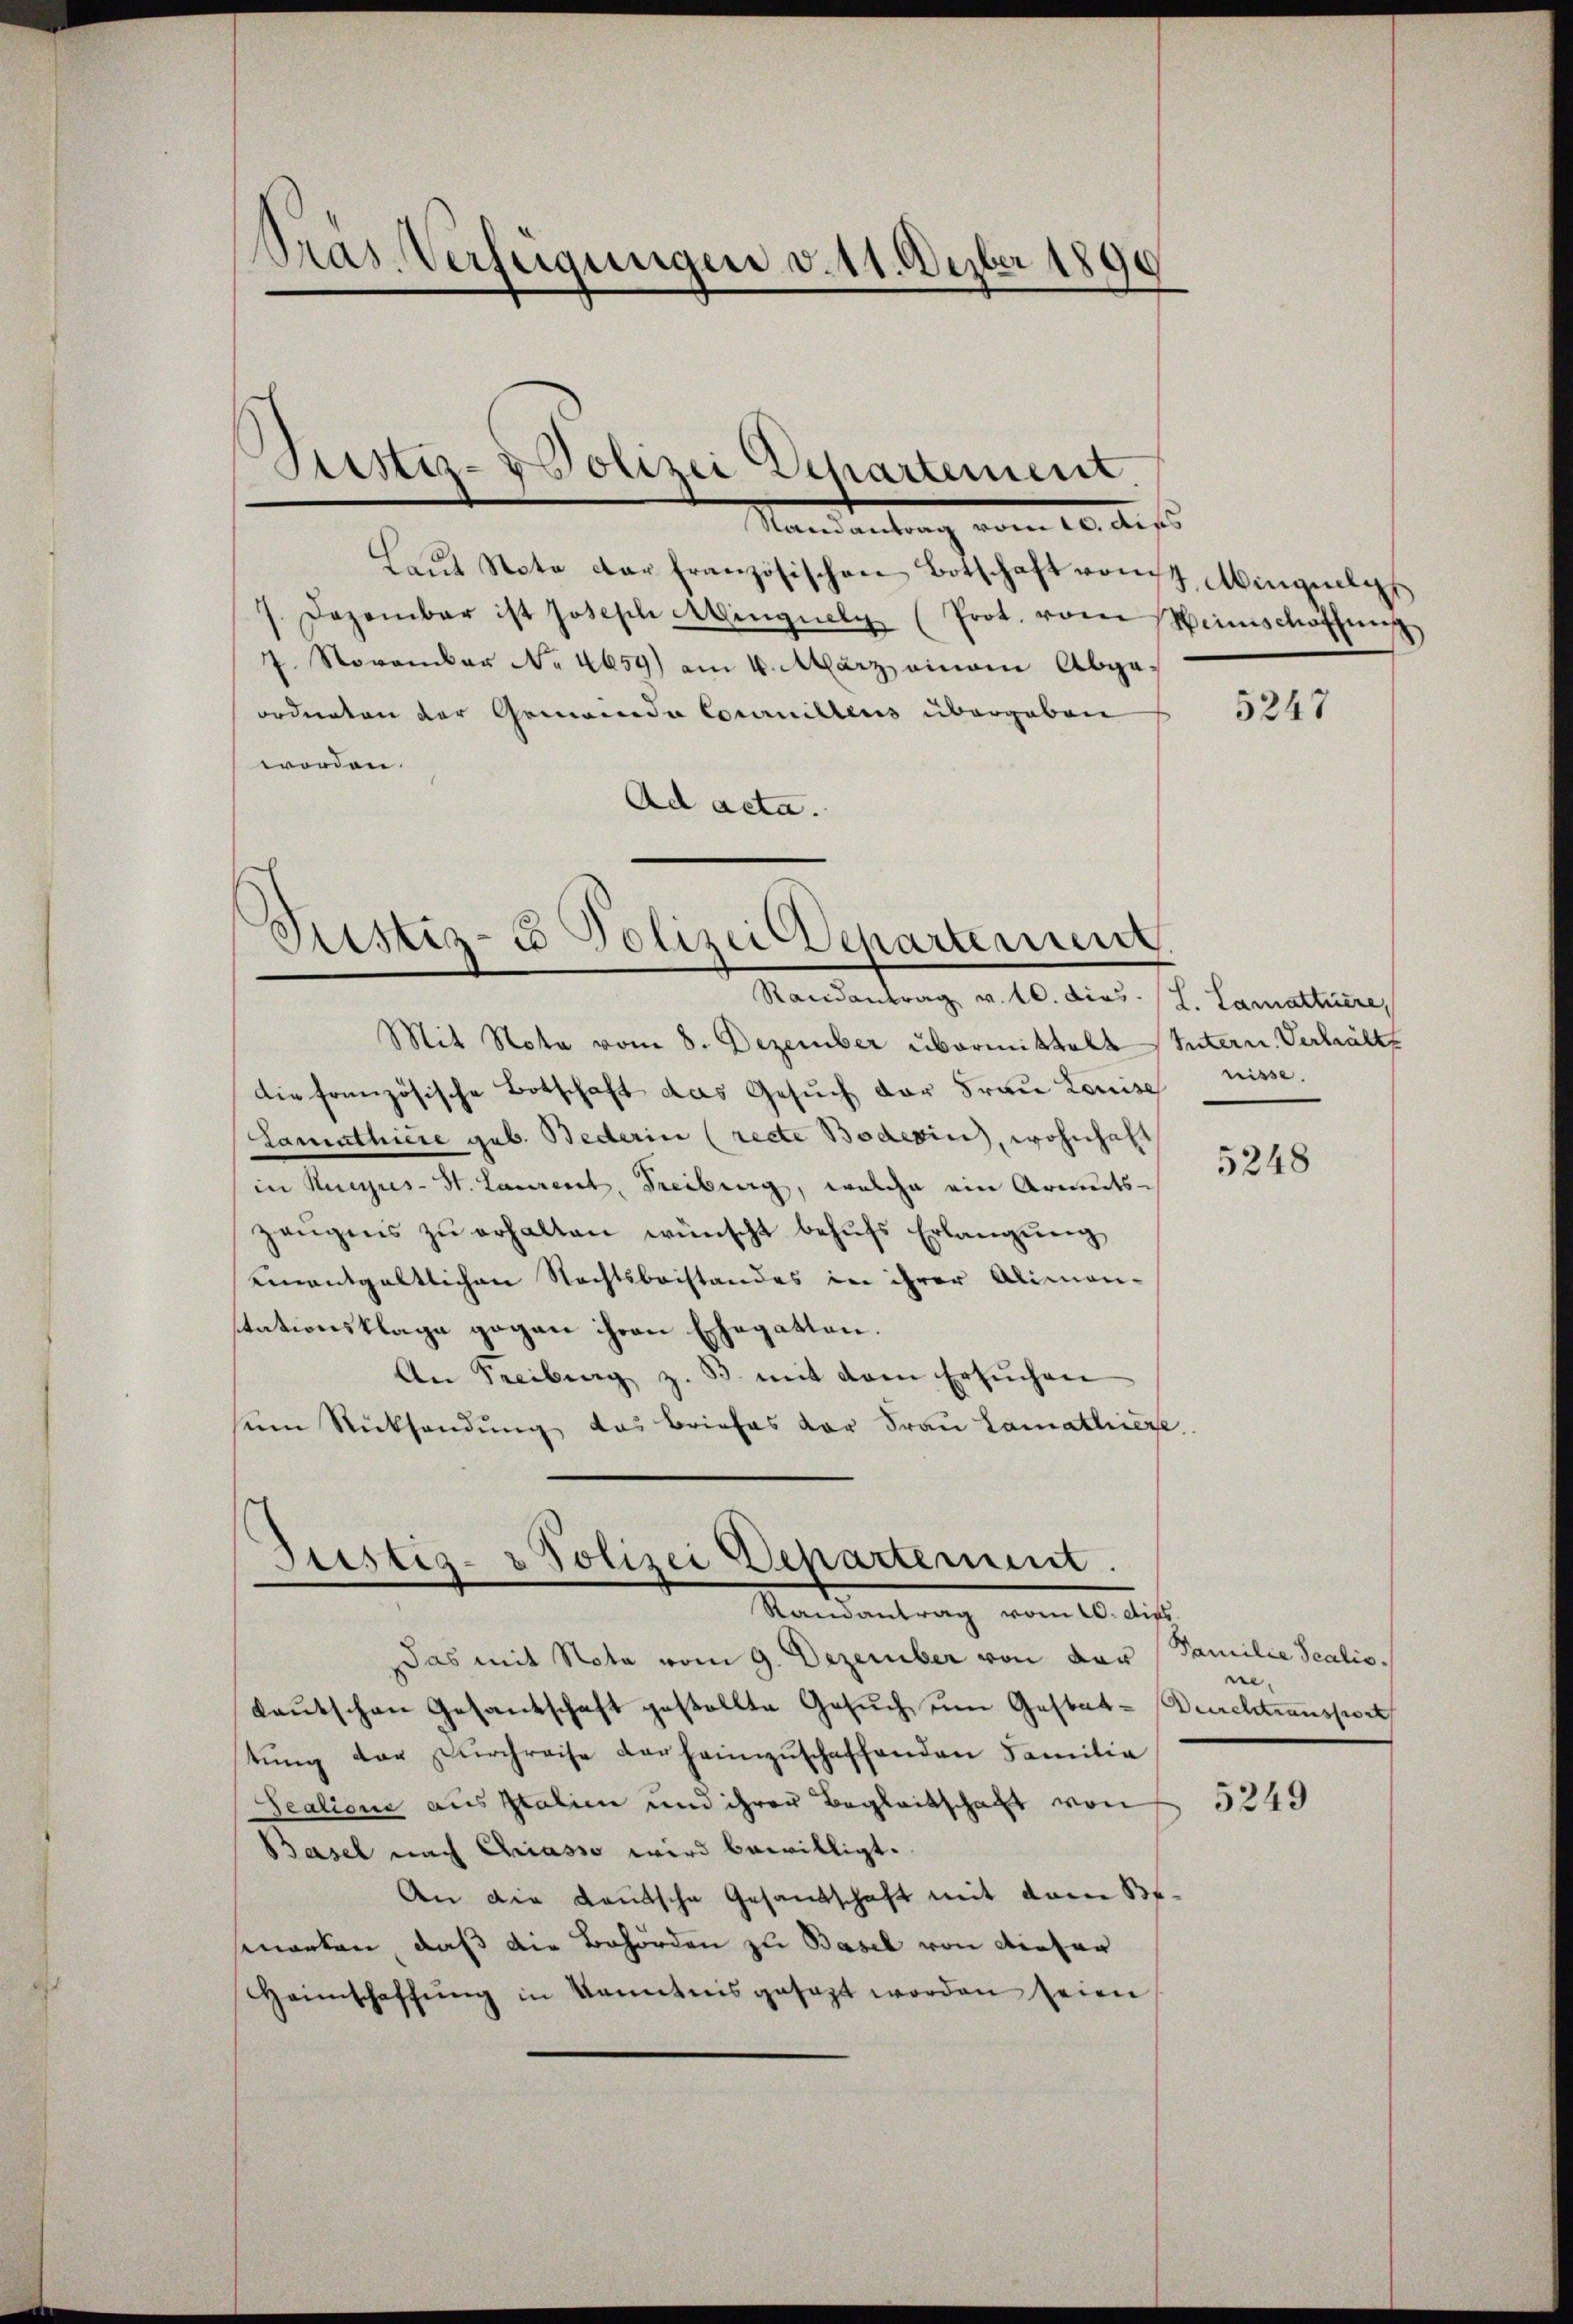
Pras. Verfügungen v. 11. Depber 1890

Justiz- & Polizei Departement

Mandantung vom 10. des
Laŭt Note der französischen Botschaft von Mingeleh
7. Dezember ist Joseph Alingnely (Prot. vom Minischöthmis
7. November No 4659) am 4. März ainam Abgaordneten der Gemeinde Commillens übergaben
worden.
Ad acta.

Randantrag v. 10. dies. (L. Lamattiere
Mit Nota vom 8. Dezember übermittelt
die französische Botschaft das Gesuch der Frau Louise
Lamathiere geb. Bederin (recte Bodevin, wohnhaft
in Kucus-St. Laurent, Freiburg, welche ein Armuts-
zeŭgens zŭ erhalten wünscht behŭfs Erlangung
uinentgeltlichen Rechtsbeistandes in ihrer Alimen-
stationsklage gegen ihren Ehegatten.
An Freiburg z. B. mit dem Ersŭchen
um Rücksendung das Briefes der Fraŭ Lamatiere

Sistiz- & Polizei Departement

Justiz- & Polizei Departement.
Mandantrag vom 16. die

Das mit Nota vom 9. Dezember von der Familie Scalis
kautschen Gesantschaft gestellte Gesuch um Gestat-Durchtransport
tŭng der Dŭrchreise der heimzuschaffenden Familia
Sealione aus Italien und ihrer Begleitschaft von
Basel nach Chriasso wird bewilligt.
An die Kautsche Gesandschaft mit dem Beswarten, daß die Behörden zu Basel von dieser
Heimschaffŭng in kanntnis gesagt worden seien

5247

Intern Verhält
nisse.

5248

ne.

5249